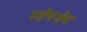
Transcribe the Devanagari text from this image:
रडेनथेन